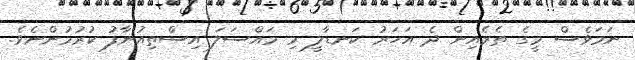
ނަމަވެސް މީގެ ތެރެއިން ދެ އަހަރު ކަނޑާލީ މި މައްސަލަ އިސްތިއުނާފު ކުރުމުންނެވެ.